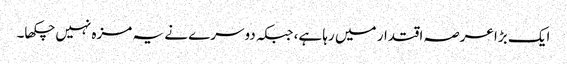
ایک بڑا عرصہ اقتدار میں رہا ہے، جبکہ دوسرے نے یہ مزہ نہیں چکھا۔